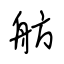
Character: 舫